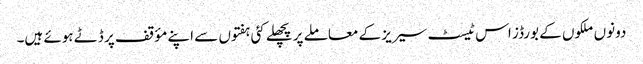
دونوں ملکوں کے بورڈز اس ٹیسٹ سیریز کے معاملے پر پچھلے کئی ہفتوں سے اپنے مؤقف پر ڈٹے ہوئے ہیں۔